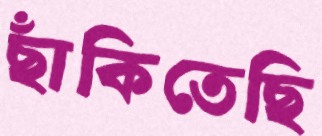
ছাঁকিতেছি